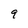
Character: 9